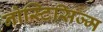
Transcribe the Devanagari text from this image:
नोस्टिसिज्म